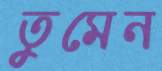
তুমেন